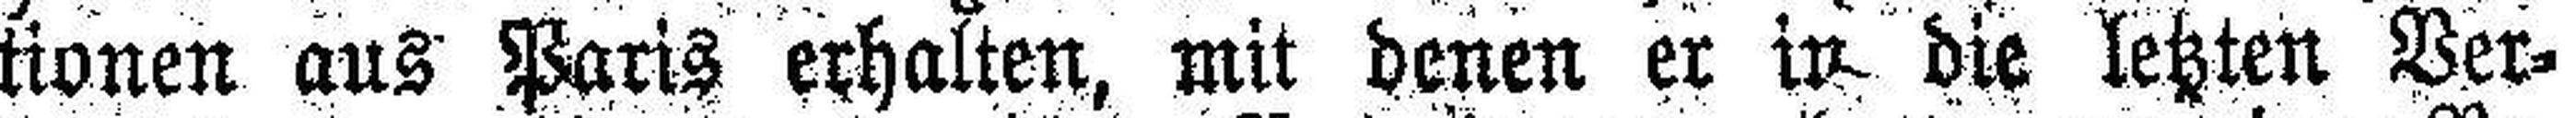
tionen aus Paris erhalten, mit denen er in die letzten Ver¬